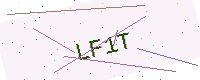
Text: LF1T